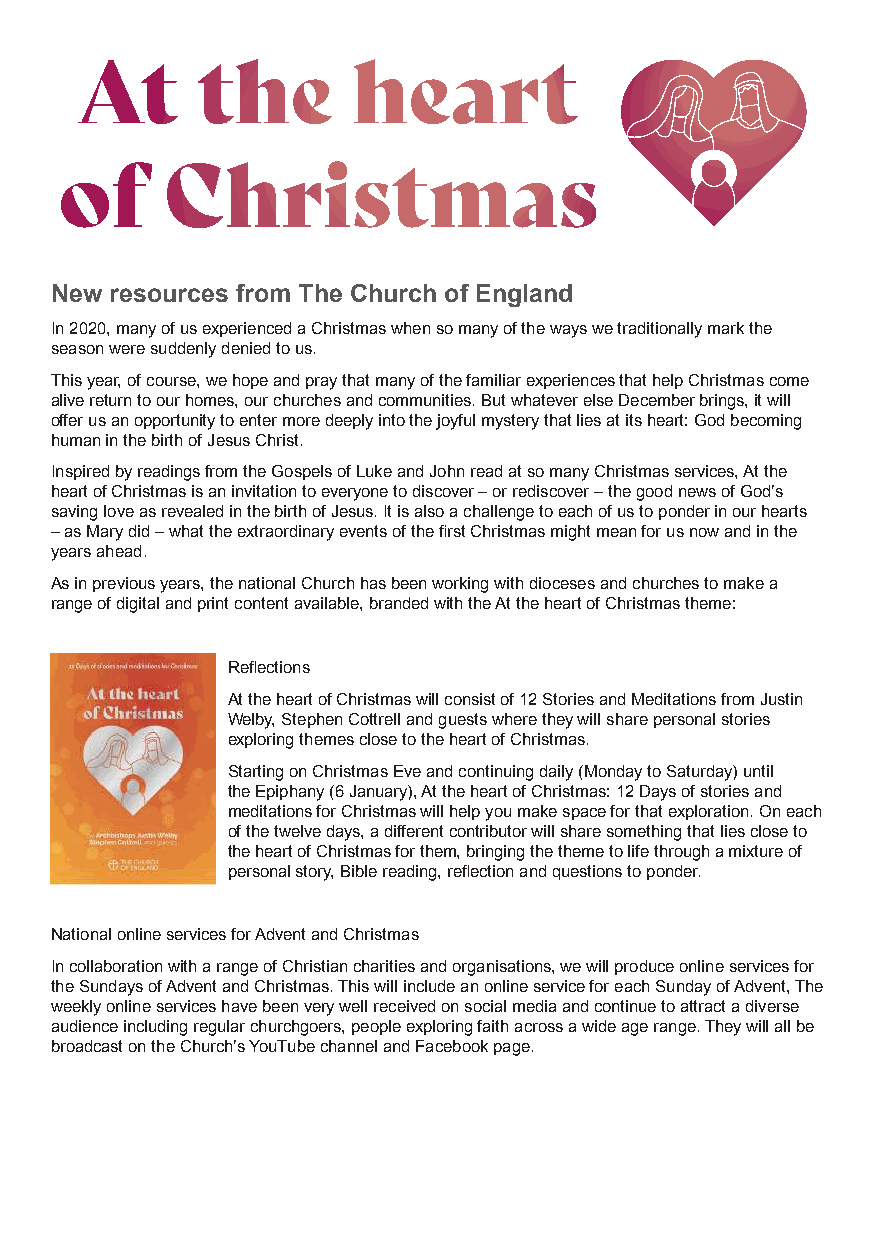
New resources from The Church of England
 In 2020, many of us experienced a Christmas when so many of the ways we traditionally mark the
 season were suddenly denied to us.
 This year, of course, we hope and pray that many of the familiar experiences that help Christmas come
 alive return to our homes, our churches and communities. But whatever else December brings, it will
 offer us an opportunity to enter more deeply into the joyful mystery that lies at its heart: God becoming
 human in the birth of Jesus Christ.
 Inspired by readings from the Gospels of Luke and John read at so many Christmas services, At the
 heart of Christmas is an invitation to everyone to discover – or rediscover – the good news of God’s
 saving love as revealed in the birth of Jesus. It is also a challenge to each of us to ponder in our hearts
 – as Mary did – what the extraordinary events of the first Christmas might mean for us now and in the
 years ahead.
 As in previous years, the national Church has been working with dioceses and churches to make a
 range of digital and print content available, branded with the At the heart of Christmas theme:
 Reflections
 At the heart of Christmas will consist of 12 Stories and Meditations from Justin
 Welby, Stephen Cottrell and guests where they will share personal stories
 exploring themes close to the heart of Christmas.
 Starting on Christmas Eve and continuing daily (Monday to Saturday) until
 the Epiphany (6 January), At the heart of Christmas: 12 Days of stories and
 meditations for Christmas will help you make space for that exploration. On each
 of the twelve days, a different contributor will share something that lies close to
 the heart of Christmas for them, bringing the theme to life through a mixture of
 personal story, Bible reading, reflection and questions to ponder.
 National online services for Advent and Christmas
 In collaboration with a range of Christian charities and organisations, we will produce online services for
 the Sundays of Advent and Christmas. This will include an online service for each Sunday of Advent, The
 weekly online services have been very well received on social media and continue to attract a diverse
 audience including regular churchgoers, people exploring faith across a wide age range. They will all be
 broadcast on the Church’s YouTube channel and Facebook page.